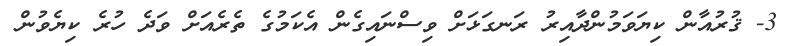
3- ޤުރުއާން ކިޔަވަމުންދާއިރު ރަނގަޅަށް ވިސްނައިގެން އެކަމުގެ ތެރެއަށް ވަދެ ހުރެ ކިޔެވުން